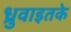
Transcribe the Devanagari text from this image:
ध्रुवाइतके